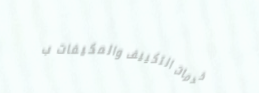
خدمات التكييف والمكيفات ب